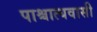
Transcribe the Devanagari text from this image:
पाश्चात्यवासी